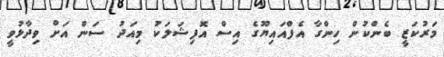
މަރުކަޒީ ބެންކުން ހިންގާ އެފްއައިޔޫގެ އިސް އޮފިޝަލަކު މިއަދު ސަން އަށް ވިދާޅުވީ